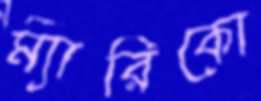
ম্যারিকো